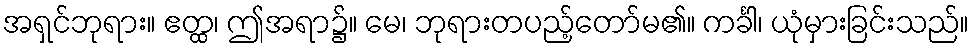
အရှင်ဘုရား။ ဧတ္ထ၊ ဤအရာ၌။ မေ၊ ဘုရားတပည့်တော်မ၏။ ကင်္ခါ၊ ယုံမှားခြင်းသည်။